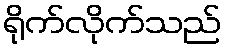
ရိုက်လိုက်သည်